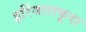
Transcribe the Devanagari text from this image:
इरिंजालकूदा